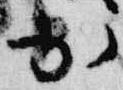
出